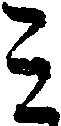
ミ